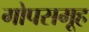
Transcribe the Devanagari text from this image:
गोपसमूह